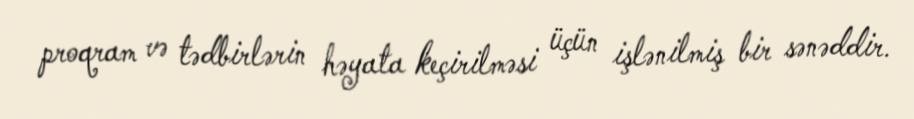
proqram və tədbirlərin həyata keçirilməsi üçün işlənilmiş bir sənəddir.